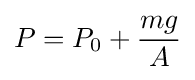
P=P_{0}+{\frac {mg}{A}}